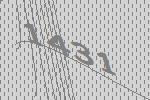
1431